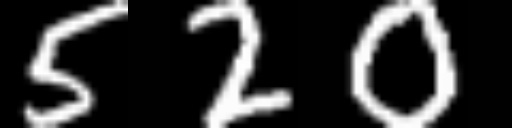
Text: 520